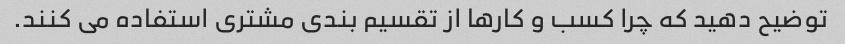
توضیح دهید که چرا کسب و کارها از تقسیم بندی مشتری استفاده می کنند.